Annual administration report of the Civil Veterinary Department, Ajmere-Merwara, British Rajputana - 1914-1940
Year: 1914
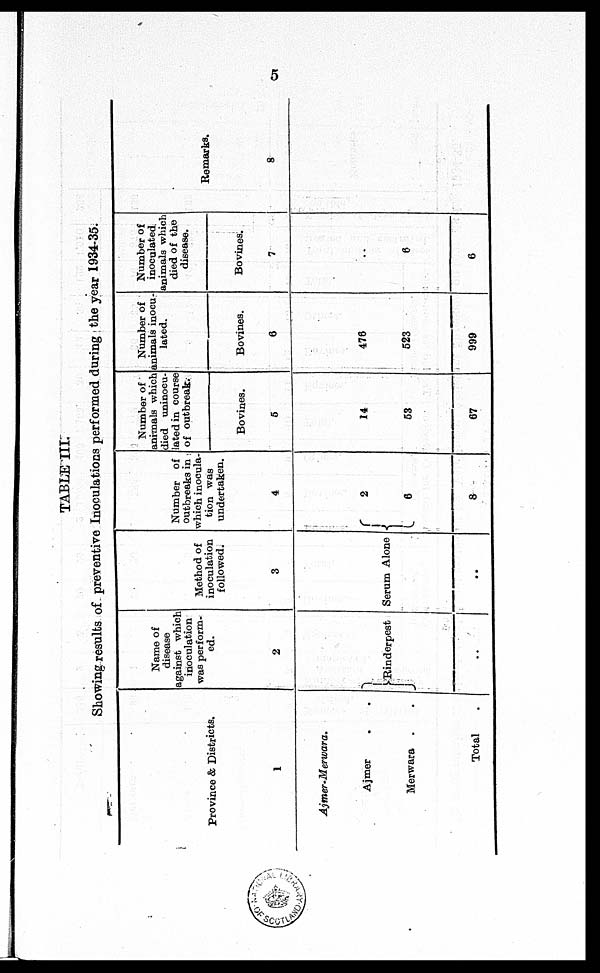
5
TABLE III
Showing results of preventive Inoculations performed during the year 1934-35.
Province & Districts.
1
Ajmer-Merwara.
Ajmer . .
Merwara . .
Total .
Name of
disease
against which
inoculation
was perform-
ed.
2
Rinderpest
..
Method of
inoculation
followed.
3
Serum Alone
..
Number of
outbreaks in
which inocula-
tion was
undertaken.
4
2
6
8
Number of
animals which
died uninocu¬
lated in course
of outbreak.
Bovines.
5
14
53
67
Number of
animals inocu-
lated.
Bovines.
6
476
523
999
Number of
inoculated
animals which
died of the
disease.
Bovines.
7
..
6
6
Remarks.
8